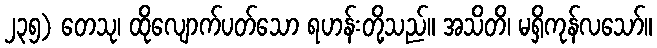
၂၃၅) တေသု၊ ထိုလျောက်ပတ်သော ရဟန်းတို့သည်။ အသိတိ၊ မရှိကုန်လသော်။